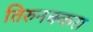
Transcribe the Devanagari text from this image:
तिरुनक्करा